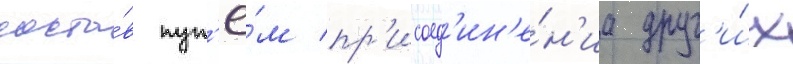
соста́в пут'ё́м пр'исоед'ин'е́н'иа друг'и́х